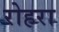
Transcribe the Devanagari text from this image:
रोहरा